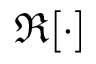
\Re [ \cdot ]